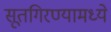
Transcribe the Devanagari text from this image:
सूतगिरण्यामध्ये